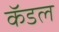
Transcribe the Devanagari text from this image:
कॅडल